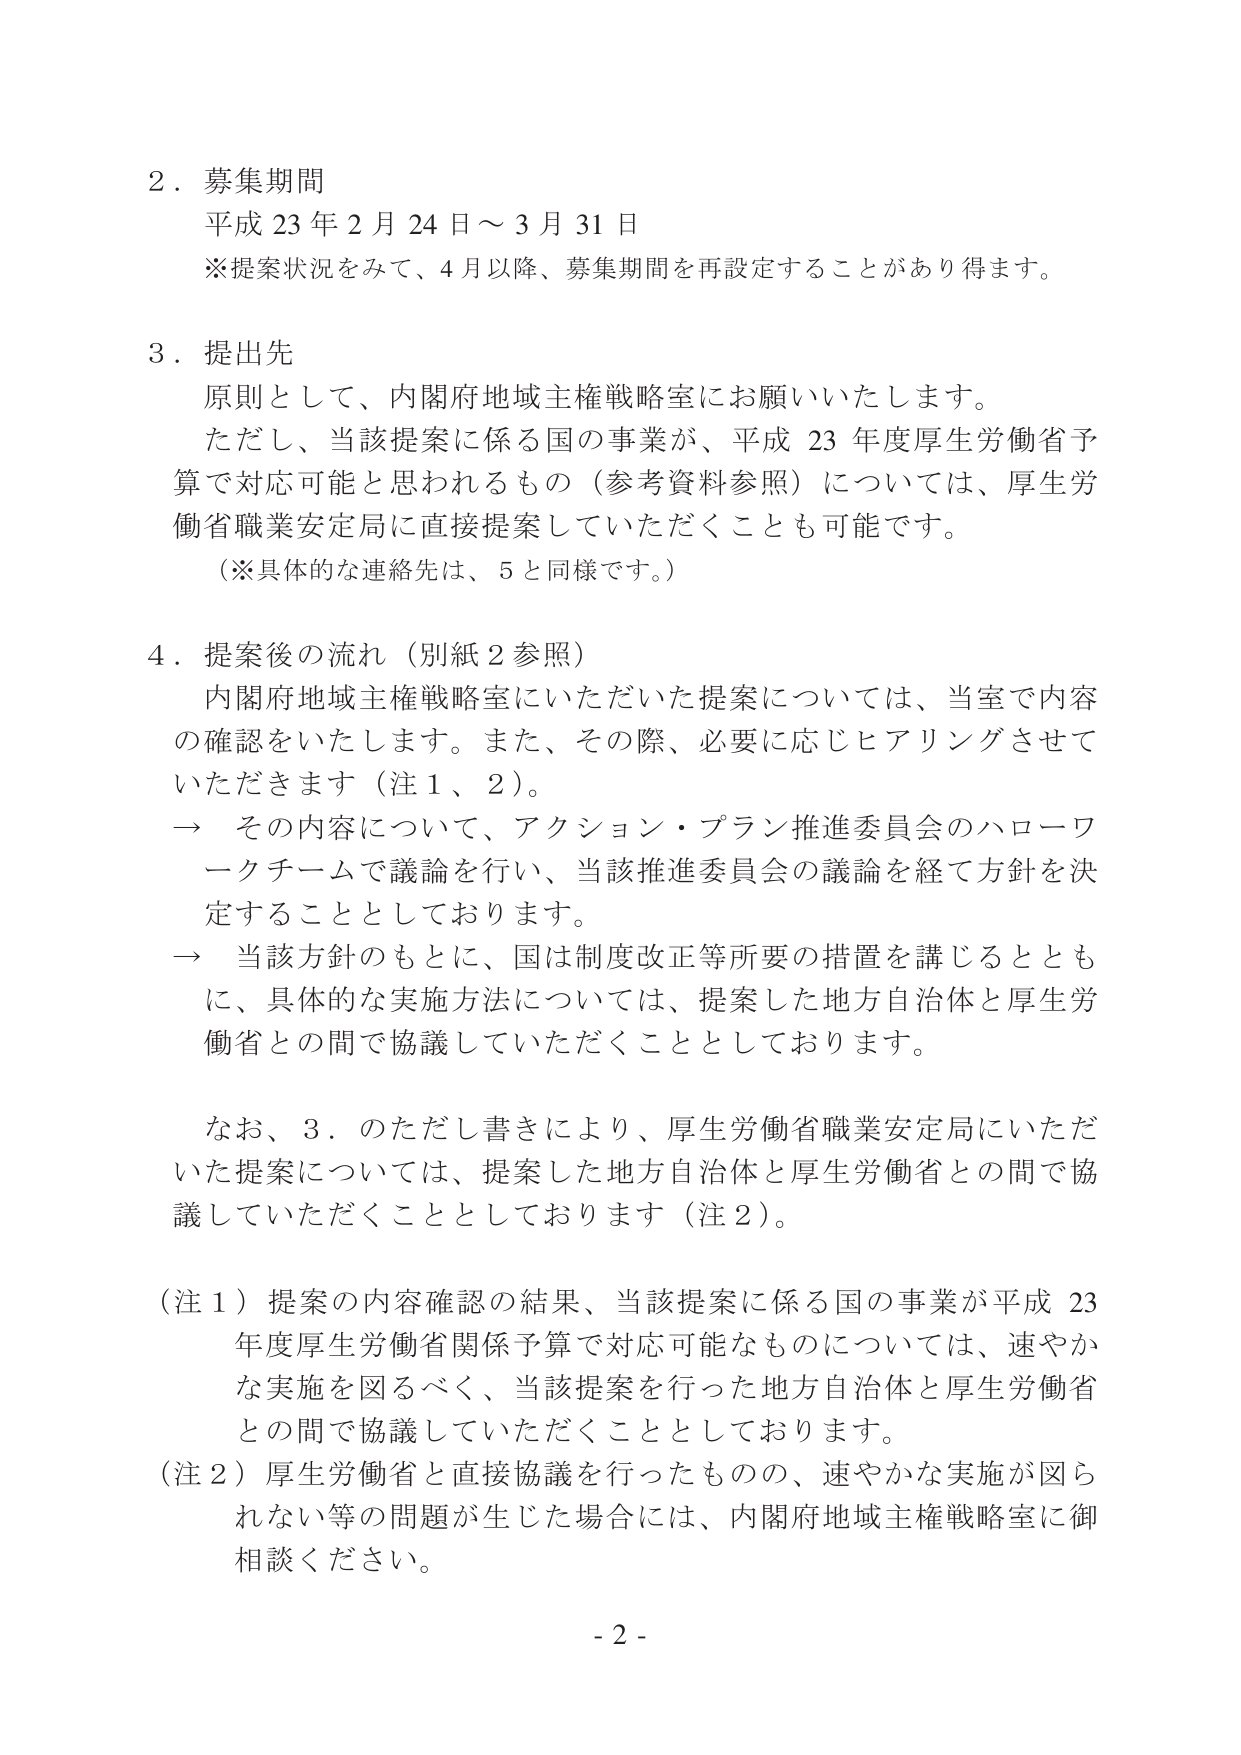
2．募集期間
平成23年2月24日～3月31日
※提案状況をみて、4月以降、募集期間を再設定することがあり得ます。

3．提出先
原則として、内閣府地域主権戦略室にお願いいたします。
ただし、当該提案に係る国の事業が、平成23年度厚生労働省予算で対応可能と思われるもの（参考資料参照）については、厚生労働省職業安定局に直接提案していただくことも可能です。
（※具体的な連絡先は、5と同様です。）

4．提案後の流れ（別紙2参照）
内閣府地域主権戦略室にいただいた提案については、当室で内容の確認をいたします。また、その際、必要に応じヒアリングさせていただきます（注1、2）。
→ その内容について、アクション・プラン推進委員会のハローワークチームで議論を行い、当該推進委員会の議論を経て方針を決定することとしております。
→ 当該方針のもとに、国は制度改正等所要の措置を講じるとともに、具体的な実施方法については、提案した地方自治体と厚生労働省との間で協議していただくこととしております。

なお、3．のただし書きにより、厚生労働省職業安定局にいただいた提案については、提案した地方自治体と厚生労働省との間で協議していただくこととしております（注2）。

（注1）提案の内容確認の結果、当該提案に係る国の事業が平成23年度厚生労働省関係予算で対応可能なものについては、速やかな実施を図るべく、当該提案を行った地方自治体と厚生労働省との間で協議していただくこととしております。
（注2）厚生労働省と直接協議を行ったものの、速やかな実施が図られない等の問題が生じた場合には、内閣府地域主権戦略室に御相談ください。

- 2 -